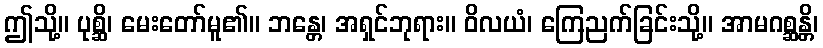
ဤသို့။ ပုစ္ဆိ၊ မေးတော်မူ၏။ ဘန္တေ၊ အရှင်ဘုရား။ ဝိလယံ၊ ကြေညက်ခြင်းသို့။ အာမဂစ္ဆန္တိ၊